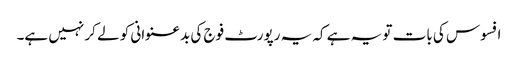
افسوس کی بات تو یہ ہے کہ یہ رپورٹ فوج کی بدعنوانی کو لے کر نہیں ہے۔